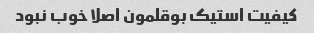
کیفیت استیک بوقلمون اصلا خوب نبود